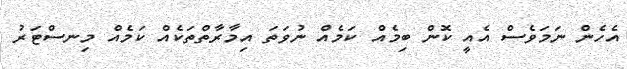
އެހެން ނަމަވެސް އެއީ ކޮން ބިމެއް ކަމެއް ނުވަތަ އިމާރާތްތަކެއް ކަމެއް މިނސްޓަރު